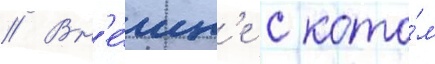
// Вн'е́шн'е с кото́м